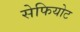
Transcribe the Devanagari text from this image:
सेफियोट